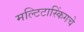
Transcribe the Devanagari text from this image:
मल्टिटास्किंगचे